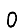
Digit: 0